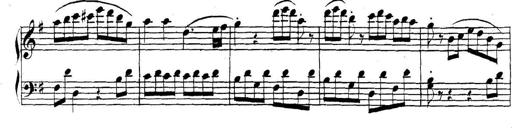
Title: Collected Piano Sonatas
Composer: Muzio Clementi